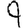
Digit: 9